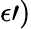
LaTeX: \epsilon{\prime})